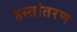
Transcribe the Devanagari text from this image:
हस्‍तांतरण